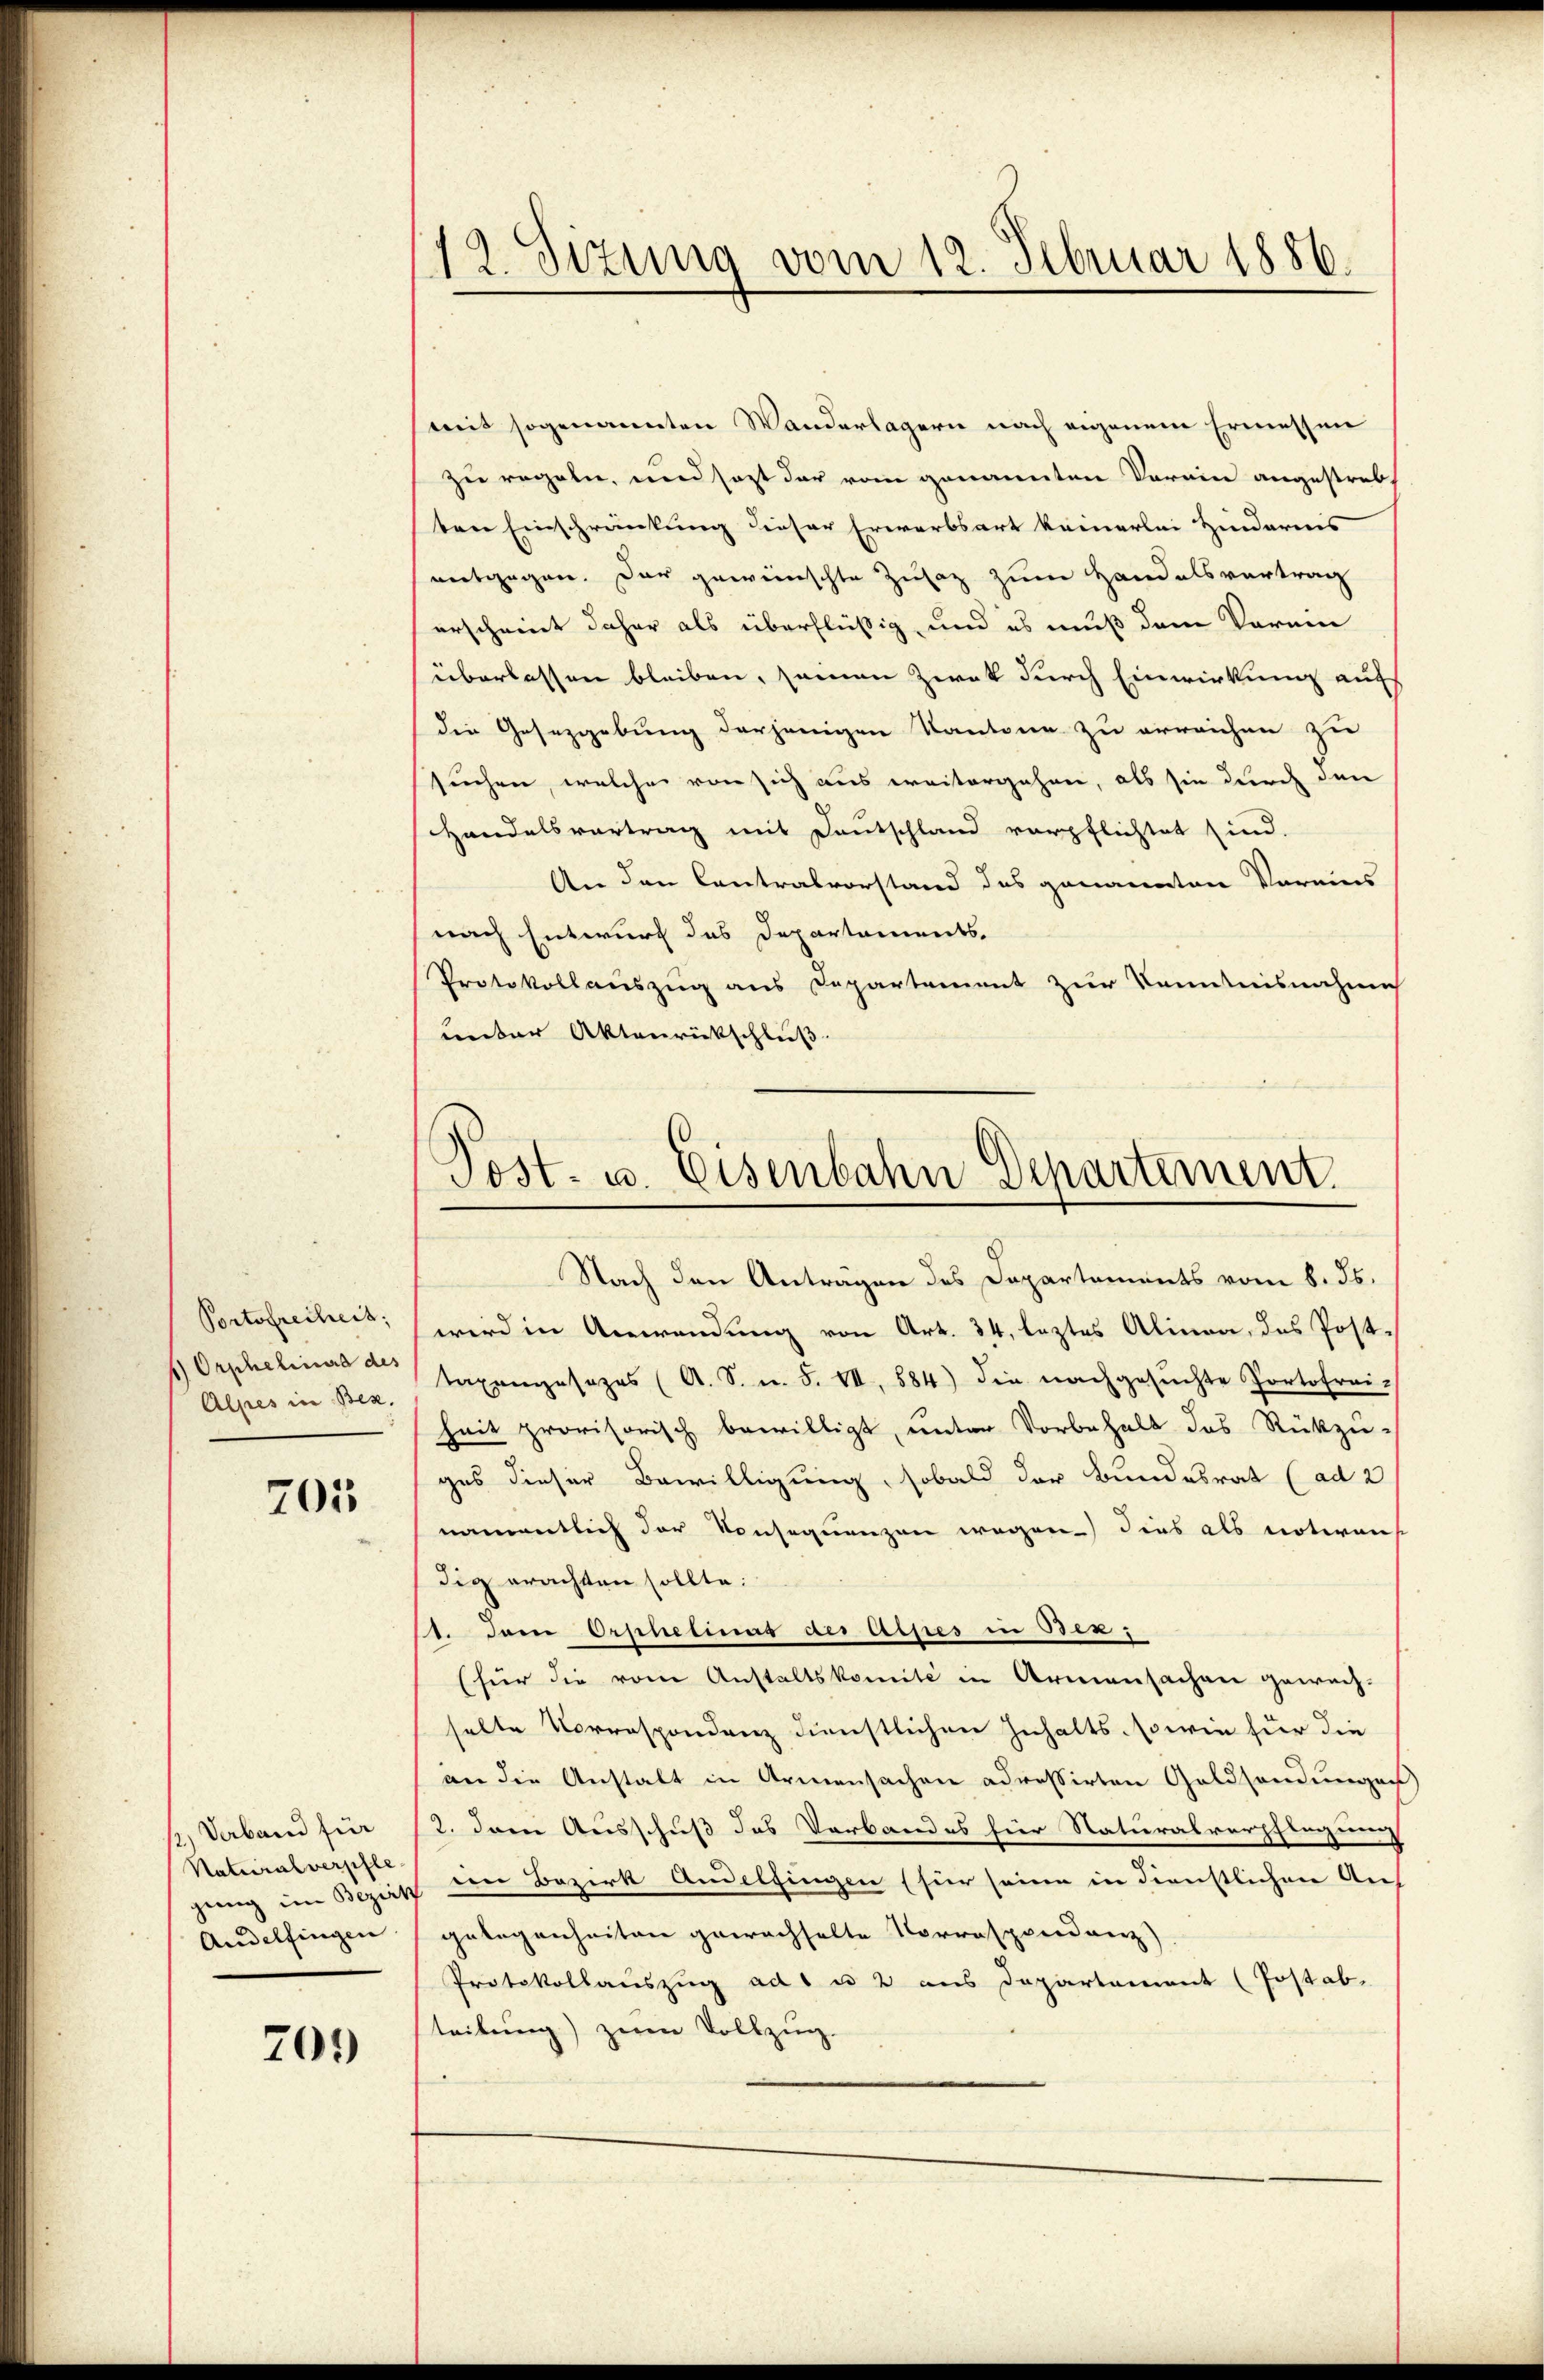
Portofreiheit,
1) Orphelinard des
Alpes in Bez.

701

2.) Verband für
Naturalverpfle
genug im Bezirk
Andelfingen

703

12. Sizung vom 12. Februar 1886.

mit sogenannten Wanderlagern nach eigenem Ermessen
zu regeln, und sost der vom genannten Verein angestreb
ten Einschränkung dieser Erwarbsart keinerlei Hindernis
nentgegen. Der gewünschte Zusaz zum Handelsvertrag
erscheint daher als überflüßig, und es muß dem Vorein
überlassen bleiben, seien Zwek durch Einwirkung auf
die Gesetzgebung derjenigen Kantone zu erreichen zu
suchen, welcher von sich aus weitergehen, als sie durch den
Handelsvortrag mit Deutschland verpflichtet sind.
An den Contralvorstand des genannten Vereins
nach Entwurf des Departements-
Protokollauszug aus Departement zur Kenntnisnahme
unter Aktenrückschluß.

Post- u. Eisenbahn Departement.

Nach den Anträgen des Departements vom 8. ds.
wird in Anwendung von Art. 34, leztes Alinea, das Post-
taxengesezes (A. S. n. F. VII, 584) die nachgesŭchte Portofrei-
hait provisorisch bewilligt, unter Vorbehalt das Rückzu-
ges dieser Bewilligung, sobald der Bundesrat (ad 2
namentlich der Konsequenzen wegen dies als noterans
dig erachten sollte:
1. Sein Orphetiung als Asses in Bez
(für die vom Anstaltskomité in Armensachen gewech-
selte Vorrespondenz dienstlichen Inhalts, sowie für die
an die Anstalt in Armensachen adressirten Geldsendungen
2. Dem Ausschuß das Verbandes hier Naturalverpflegung
 in Bezirk Andelfingen (für seine in dienstlichen An-
gelegenheiten gewachselte Vorrespendanz)
Protokollauszug ad 1 u 2 aus Departement (Post ab-
teilung) zum Vollzing.